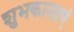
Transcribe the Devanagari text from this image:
शुभकानाएं